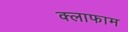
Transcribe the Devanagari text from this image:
क्लाफाम